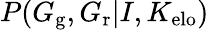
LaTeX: P(G_{\mathrm{g}},G_{\mathrm{r}}|I,K_{\mathrm{elo}})